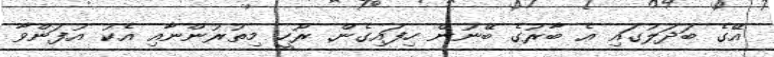
އޭގެ ބަދަލުގައި އެ ބާރުގެ ބޭނުން ހިފައިގެން